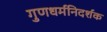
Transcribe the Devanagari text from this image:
गुणधर्मनिदर्शक